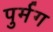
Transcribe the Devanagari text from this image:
पुर्मग